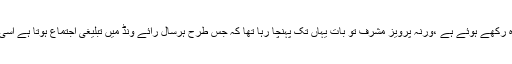
شاید یہ ضیاء الحق صاحب کی وہ دعا ہے جو نواز شریف صاحب کو زندہ رکھے ہوئے ہے ،ورنہ پرویز مشرف تو بات یہاں تک پہنچا رہا تھا کہ جس طرح ہرسال رائے ونڈ میں تبلیغی اجتماع ہوتا ہے اسی طرح مسلم لیگ ن ہر سال رائے ونڈ میں آنجناب شریف کی برسی منائیں۔